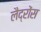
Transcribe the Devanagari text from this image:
लैद्रोंस